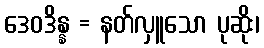
ဒေဝဒိန္န = နတ်လှူသော ပုဆိုး၊